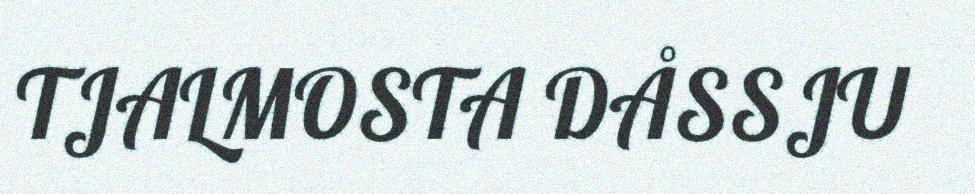
TJALMOSTA DÅSSJU